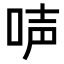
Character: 𠴢